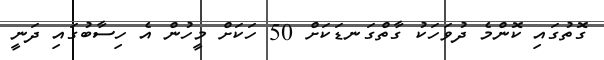
ގޮތުގައި ކޮންމެ ދުވަހަކު ގާތްގަނޑަކަށް 50 ހަކަށް މީހުން އެ ހިސާބުގައި ދަނީ